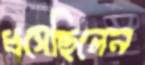
ধসেছিলেন